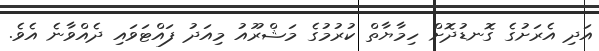
އަދި އެރަށުގެ ގޮނޑުދޮށް ހިމާޔާތް ކުރުމުގެ މަޝްރޫއު މިއަދު ފައްޓަަވައި ދެއްވާނެ އެވެ.